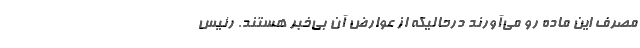
مصرف این ماده رو می‌آورند درحالیکه از عوارض آن بی‌خبر هستند. رئیس